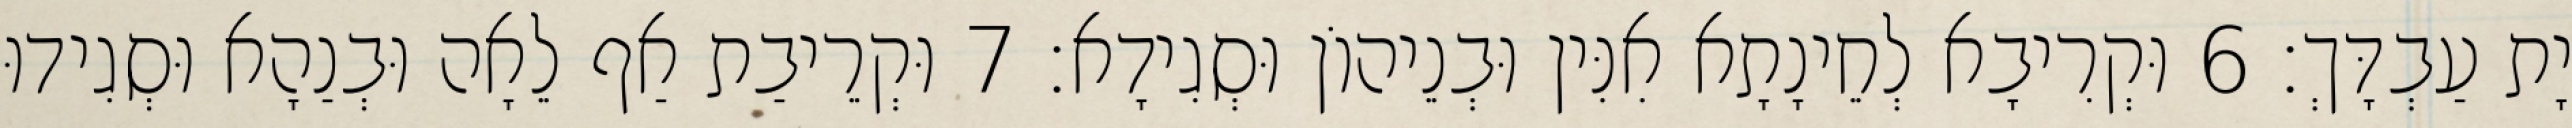
יָת עַבְדָּךְ׃ 6 וּקְרִיבָא לְחֵינָתָא אִנִּין וּבְנֵיהוֹן וּסְגִידָא׃ 7 וּקְרֵיבַת אַף לֵאָה וּבְנַהָא וּסְגִידוּ